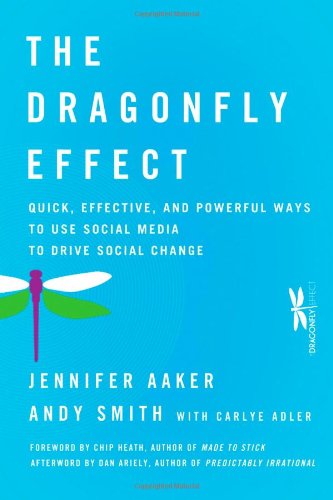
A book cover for The Dragonfly Effect: Quick, Effective, and Powerful Ways To Use Social Media to Drive Social Change; Jennifer Aaker; Computers & Technology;